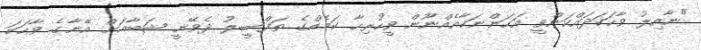
"ނާއިލު ވާހަކަދައްކަންވީ އަހަންނަކާއެއްނޫން ވީހުރިހާ ކަމެއްގެ ތަފްޞީލު ދެވޭނީ ޝަބާއަށް އޭނާގެ ވާހަކަ